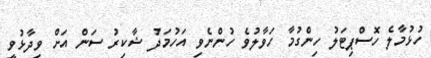
ހުޅުމާލެ ހޮސްޕިޓަލު ހިންގުމާ ހަވާލުވެ ހުންނެވި އަހުމަދު ޝާކިރު ސަން އަށް ވިދާޅުވީ